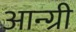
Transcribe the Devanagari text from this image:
आन्ग्री